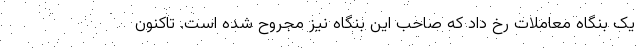
یک بنگاه معاملات رخ داد که صاحب این بنگاه نیز مجروح شده است. تاکنون